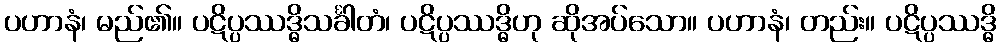
ပဟာနံ၊ မည်၏။ ပဋိပ္ပဿဒ္ဓိသင်္ခါတံ၊ ပဋိပ္ပဿဒ္ဓိဟု ဆိုအပ်သော။ ပဟာနံ၊ တည်း။ ပဋိပ္ပဿဒ္ဓိ